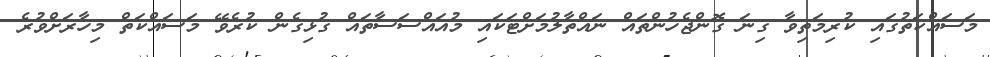
މަސައްކަތުގައި ކުރިމަތިވާ ގިނަ ގޮންޖެހުންތައް ނައްތާލުމަށްޓަކައި މުއައްސަސާތައް ގުޅިގެން ކުރެވޭ މަސައްކަތް މިހާރަށްވުރެ